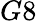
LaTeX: G8